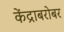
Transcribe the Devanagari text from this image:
केंद्राबरोबर